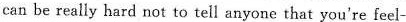
can be really hard not to tell anyone that you're feel-